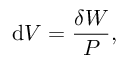
\mathrm { d } V = { \frac { \delta W } { P } } ,